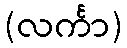
(လင်္ကာ)